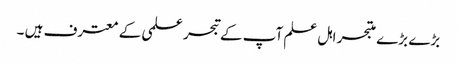
بڑے بڑے متبحر اہل علم آپ کے تبحر علمی کے معترف ہیں ۔